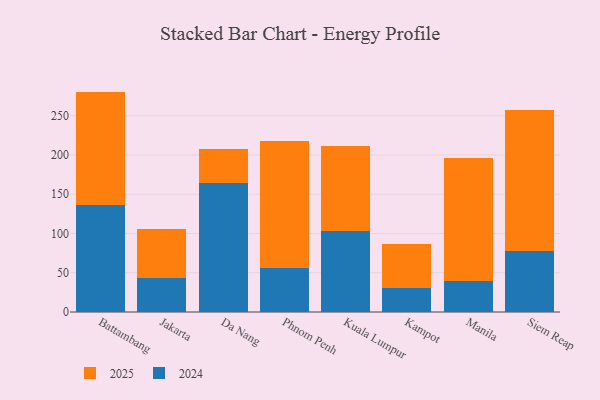
{"axis": {"x": "City", "y": "Energy Usage (MWh)"}, "legend": ["2024", "2025"], "data": [{"x": "Battambang", "y": 136.2, "type": "2024"}, {"x": "Battambang", "y": 144.5, "type": "2025"}, {"x": "Jakarta", "y": 43.2, "type": "2024"}, {"x": "Jakarta", "y": 62.7, "type": "2025"}, {"x": "Da Nang", "y": 164.8, "type": "2024"}, {"x": "Da Nang", "y": 42.3, "type": "2025"}, {"x": "Phnom Penh", "y": 56.5, "type": "2024"}, {"x": "Phnom Penh", "y": 161.3, "type": "2025"}, {"x": "Kuala Lumpur", "y": 103.4, "type": "2024"}, {"x": "Kuala Lumpur", "y": 107.4, "type": "2025"}, {"x": "Kampot", "y": 30.1, "type": "2024"}, {"x": "Kampot", "y": 55.9, "type": "2025"}, {"x": "Manila", "y": 38.9, "type": "2024"}, {"x": "Manila", "y": 157.4, "type": "2025"}, {"x": "Siem Reap", "y": 78.1, "type": "2024"}, {"x": "Siem Reap", "y": 179.4, "type": "2025"}]}